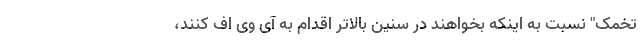
تخمک" نسبت به اینکه بخواهند در سنین بالاتر اقدام به آی وی اف کنند،